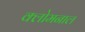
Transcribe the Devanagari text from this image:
क्लोमनाल